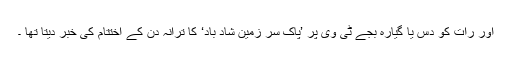
اور رات کو دس یا گیارہ بجے ٹی وی پر ’پاک سر زمین شاد باد‘ کا ترانہ دن کے اختتام کی خبر دیتا تھا ۔